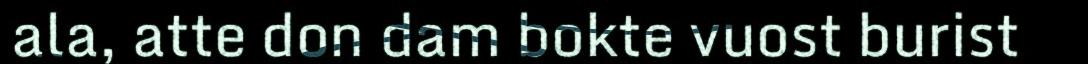
ala, atte don dam bokte vuost burist